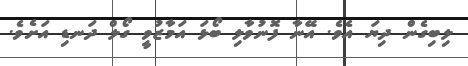
ލިބިގެން ދިޔަ އެވެ. އޭނާ ފޮނުވާލި ބޯޅަ އަމާޒުވީ ގޯލް ދަނޑި އަށެވެ.